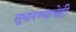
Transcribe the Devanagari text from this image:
सुधारण्याचेही